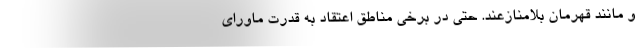
و مانند قهرمان بلامنازعند. حتی در برخی مناطق اعتقاد به قدرت ماورای